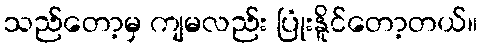
သည်တော့မှ ကျမလည်း ပြုံးနိူင်တော့တယ်။